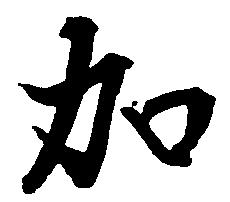
加